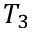
T _ { 3 }